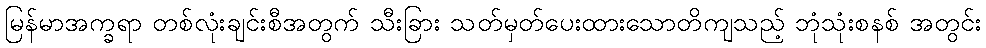
မြန်မာအက္ခရာ တစ်လုံးချင်းစီအတွက် သီးခြား သတ်မှတ်ပေးထားသောတိကျသည့် ဘုံသုံးစနစ် အတွင်း